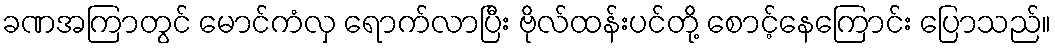
ခဏအကြာတွင် မောင်ကံလှ ရောက်လာပြီး ဗိုလ်ထန်းပင်တို့ စောင့်နေကြောင်း ပြောသည်။